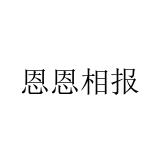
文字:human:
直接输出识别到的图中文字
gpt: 恩恩相报